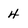
Character: 4